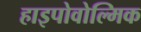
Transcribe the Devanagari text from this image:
हाइपोवोल्मिक